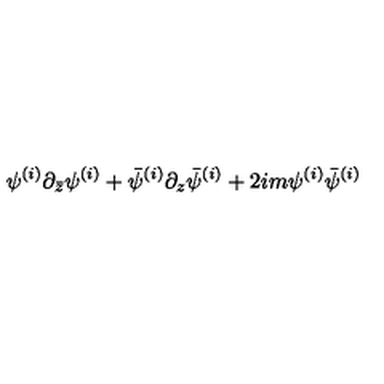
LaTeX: \psi ^ { ( i ) } \partial _ { \bar { z } } \psi ^ { ( i ) } + \bar { \psi } ^ { ( i ) } \partial _ { z } \bar { \psi } ^ { ( i ) } + 2 i m \psi ^ { ( i ) } \bar { \psi } ^ { ( i ) }